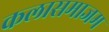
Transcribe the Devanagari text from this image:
कलासमाजम